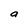
Character: a